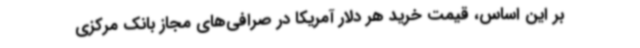
بر این اساس، قیمت خرید هر دلار آمریکا در صرافی‌های مجاز بانک مرکزی